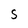
Character: S